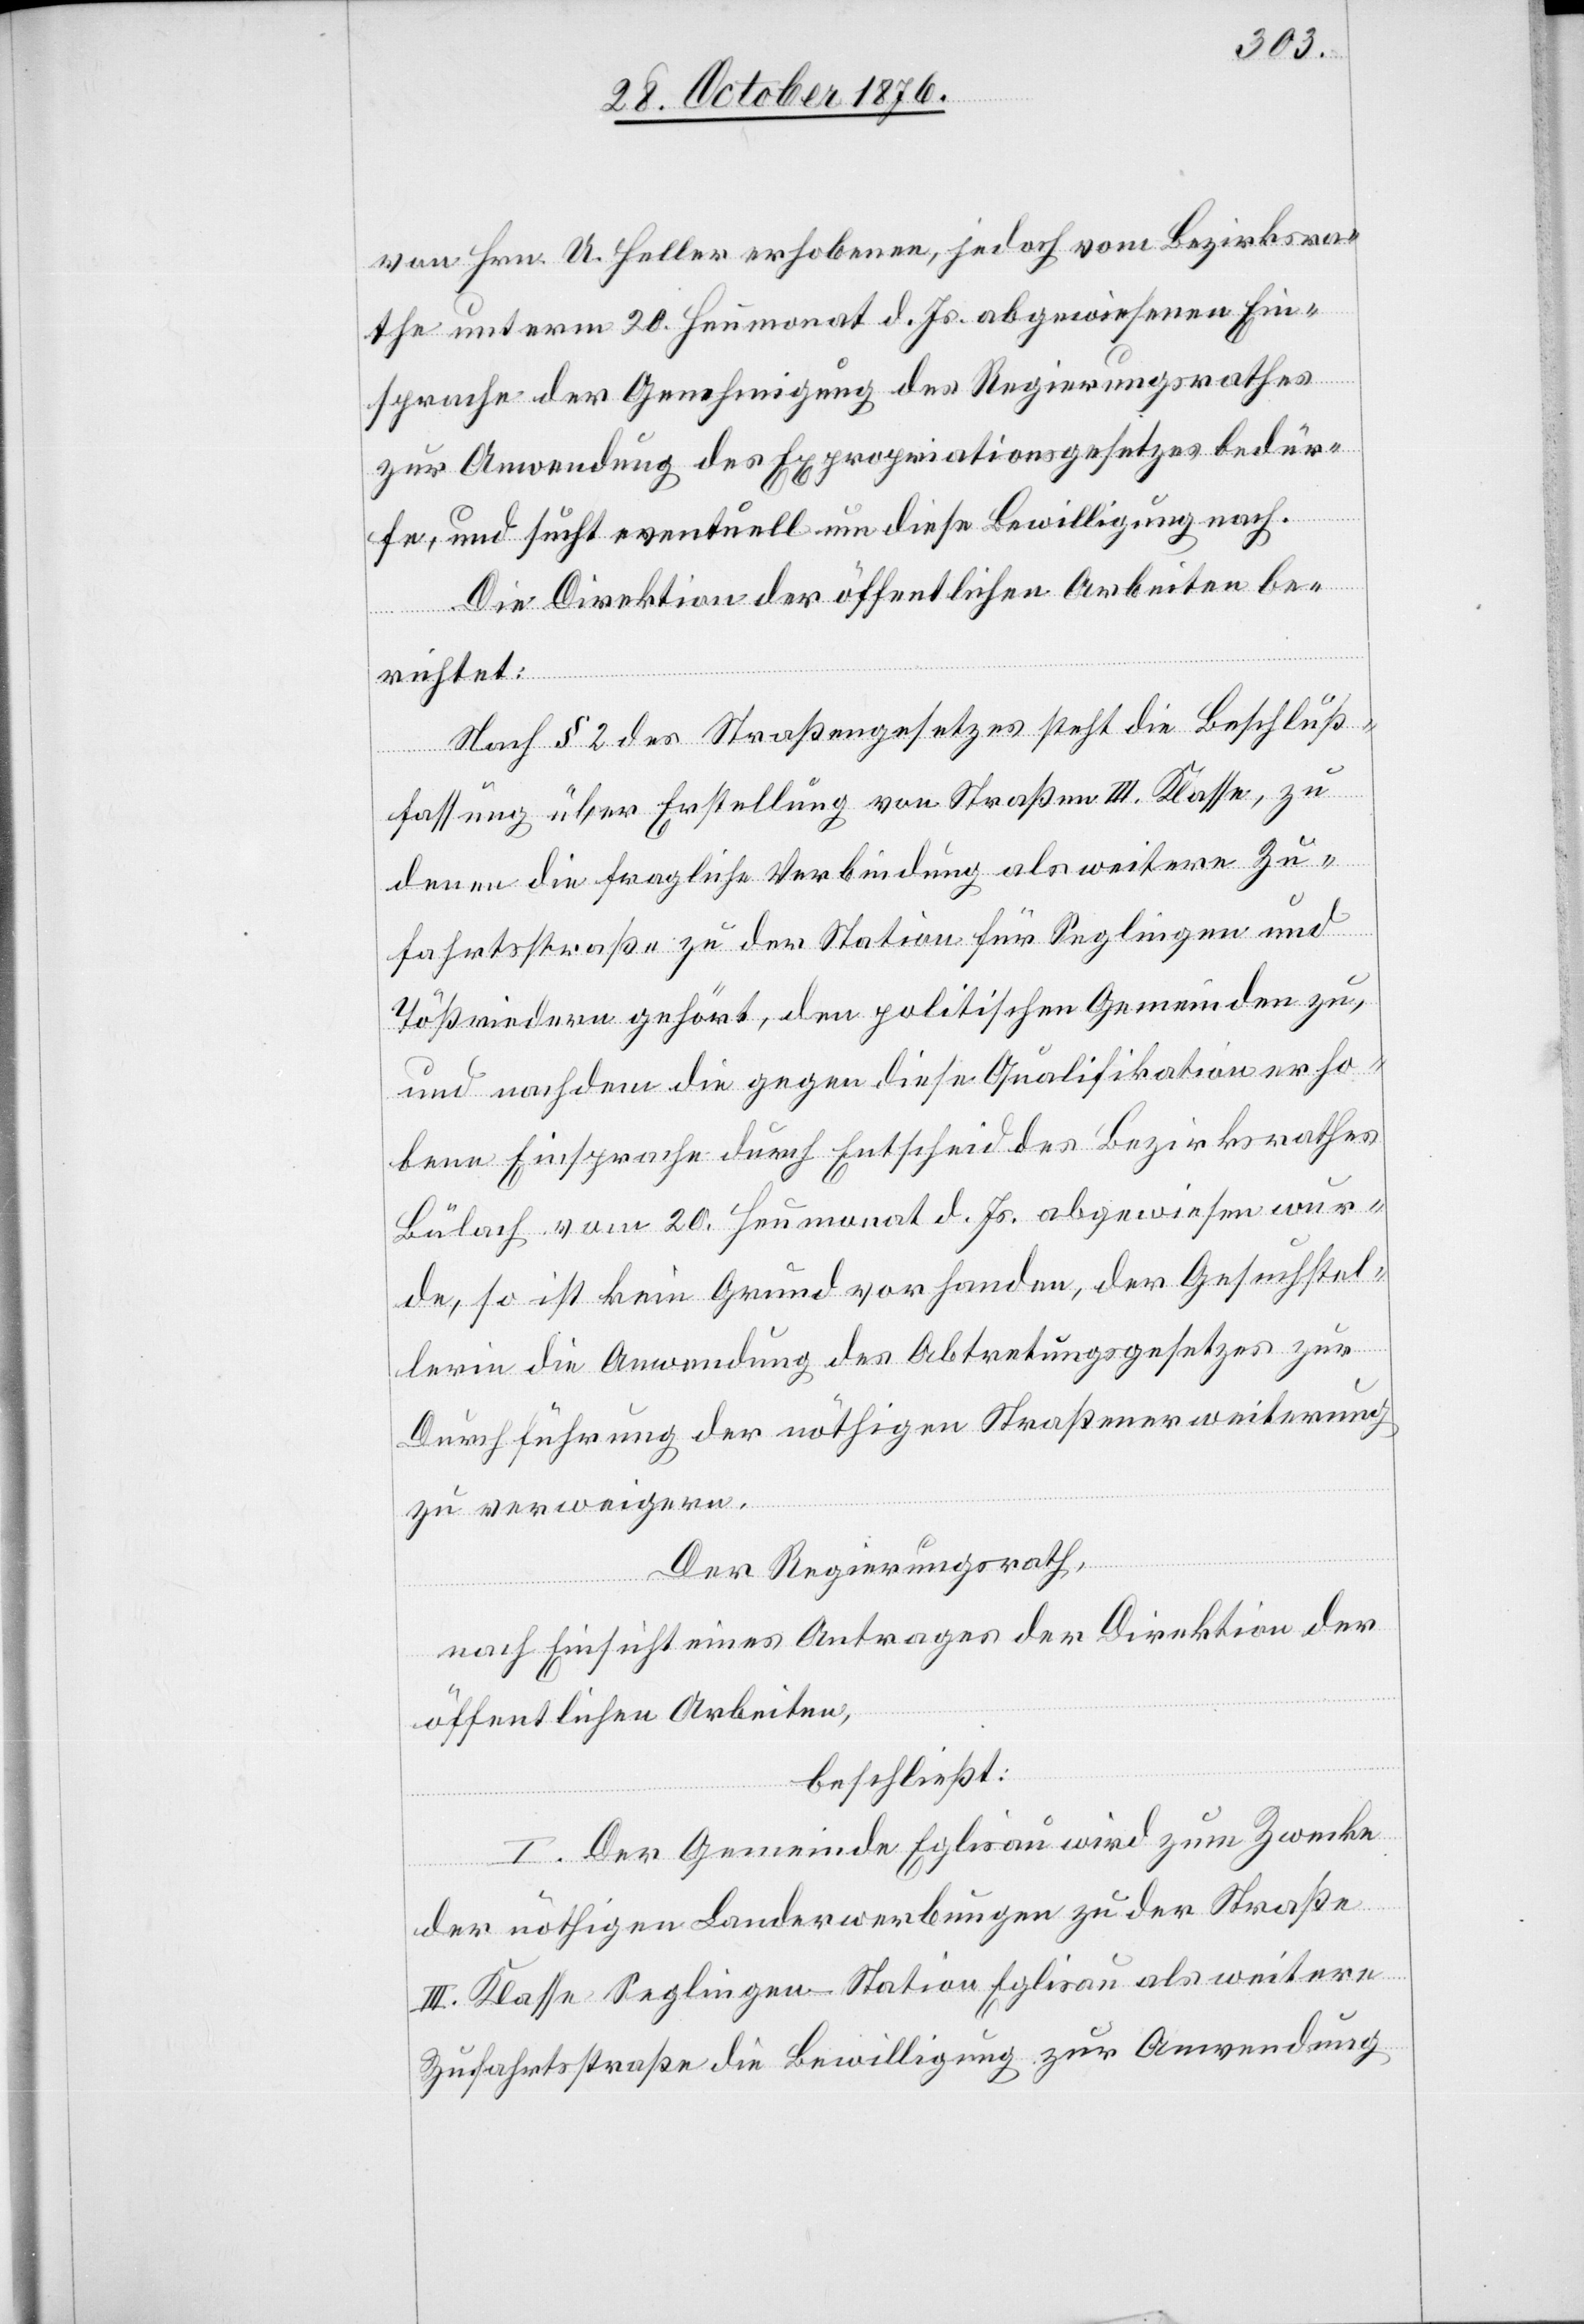
von Hrn. A. Heller erhobenen, jedoch vom Bezirksra¬
the unterm 20. Heumonat d. Js. abgewiesenen Ein¬
sprache der Genehmigung des Regierungsrathes
zur Anwendung des Expropriationsgesetzes bedür¬
fe, und sucht eventuell um diese Bewilligung nach.
Die Direktion der öffentlichen Arbeiten be¬
richtet:
Nach § 2 des Straßengesetzes steht die Beschluß¬
fassung über Erstellung von Straßen III. Klasse, zu
denen die fragliche Verbindung als weitere Zu¬
fahrtsstraße zu der Station für Seglingen und
Tößriedern gehört, den politischen Gemeinden zu,
und nachdem die gegen diese Qualifikation erho¬
bene Einsprache durch Entscheid des Bezirksrathes
Bülach vom 20. Heumonat d. Js. abgewiesen wur¬
de, so ist kein Grund vorhanden, der Gesuchstel¬
lerin die Anwendung des Abtretungsgesetzes zur
Durchführung der nöthigen Straßenerweiterung
zu verweigern.
Der Regierungsrath,
nach Einsicht eines Antrages der Direktion der
öffentlichen Arbeiten,
beschließt:
I. Der Gemeinde Eglisau wird zum Zwecke
der nöthigen Landerwerbungen zu der Straße
III. Klasse Seglingen–Station Eglisau als weitere
Zufahrtsstraße die Bewilligung zur Anwendung